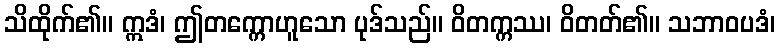
သိထိုက်၏။ ဣဒံ၊ ဤတက္ကောဟူသော ပုဒ်သည်။ ဝိတက္ကဿ၊ ဝိတတ်၏။ သဘာဝပဒံ၊